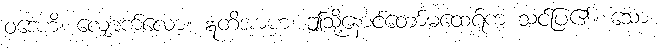
ဝဒေဟိ၊ လျှောက်လော့။ ဣတိအာဟ၊ ဤသို့နောင်တော်မထေရ်က သင်ပြ၏။ သော၊